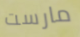
مارست